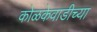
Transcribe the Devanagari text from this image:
कोळकेवाडीच्या